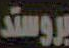
بروستد